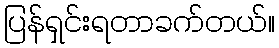
ပြန်ရှင်းရတာခက်တယ်။